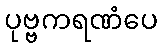
ပုဗ္ဗကရဏံပေ